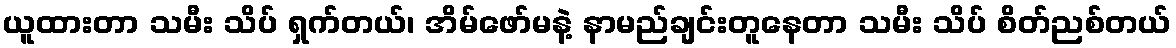
ယူထားတာ သမီး သိပ် ရှက်တယ်၊ အိမ်ဖော်မနဲ့ နာမည်ချင်းတူနေတာ သမီး သိပ် စိတ်ညစ်တယ်